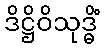
ဒိဋ္ဌိဝိသုဒ္ဓိံ